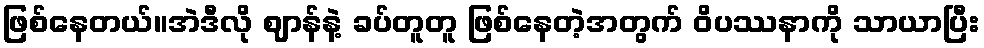
ဖြစ်နေတယ်။အဲဒီလို ဈာန်နဲ့ ခပ်တူတူ ဖြစ်နေတဲ့အတွက် ဝိပဿနာကို သာယာပြီး